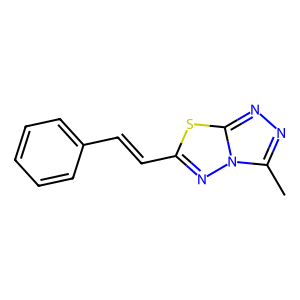
SMILES: Cc1nnc2sc(C=Cc3ccccc3)nn12
Inhibits HIV replication: No